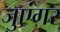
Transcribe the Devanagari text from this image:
जुएंगर